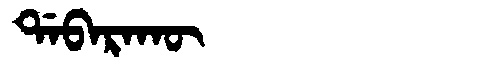
Manchu: ᡩᠠᠪᠠᡵᠠᡴᡡ
Romanization: DABARAKŪ